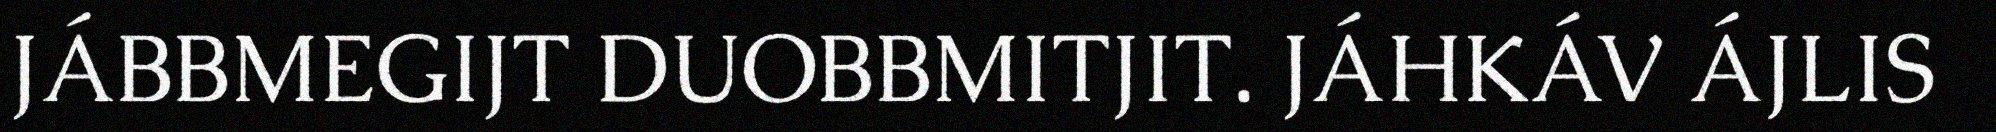
JÁBBMEGIJT DUOBBMITJIT. JÁHKÁV ÁJLIS